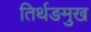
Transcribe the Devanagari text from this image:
तिर्थङमुख